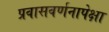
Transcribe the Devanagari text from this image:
प्रवासवर्णनापेक्षा